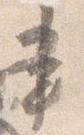
書